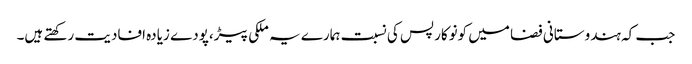
جب کہ ہندوستانی فضا میں کونوکارپس کی نسبت ہمارے یہ ملکی پیڑ،پودے زیادہ افادیت رکھتے ہیں۔